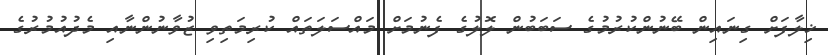
ޚިލާފަށް ގިނައިން ބޭނުންކުރުމުގެ ސަބަބުން ލޮލުގެ ފެނުމަށް މައްސަލަތައް ކުރިމަތިވި ޒުވާނުންނާއި މެދުއުމުރުގެ